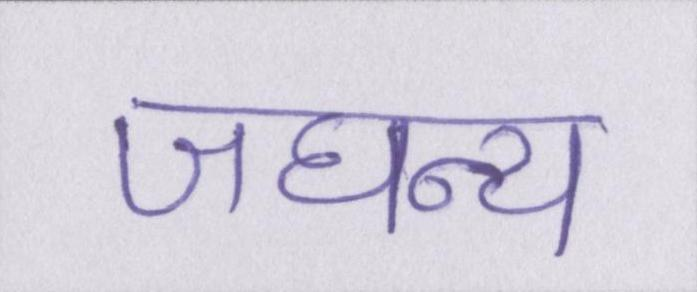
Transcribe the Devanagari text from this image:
जघन्य